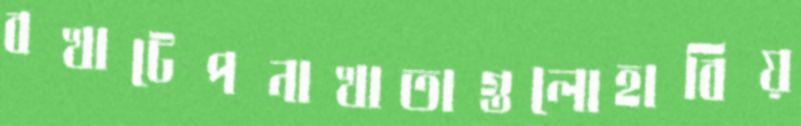
বখাটেপনাখাতাগুলোহাবিয়